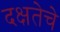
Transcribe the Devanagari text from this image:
दक्षतेचे